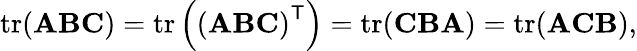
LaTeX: \operatorname{tr}(\mathbf{A}\mathbf{B}\mathbf{C})=\operatorname{tr}\left(\left(\mathbf{A}\mathbf{B}\mathbf{C}\right)^{\mathsf{T}}\right)=\operatorname{tr}(\mathbf{C}\mathbf{B}\mathbf{A})=\operatorname{tr}(\mathbf{A}\mathbf{C}\mathbf{B}),